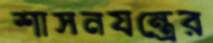
শাসনযন্ত্রের